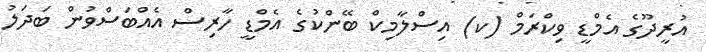
އުރީދޫގެ އެމްޑީ ވިކްރަމް (ކ) އިސްލާމިކް ބޭންކުގެ އެމްޑީ ހާރިސް އެއްބަސްވުން ބަދަލު